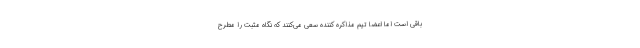
باقی است اما اعضا تیم مذاکره کننده سعی می‌کنند که نگاه مثبت را مطرح